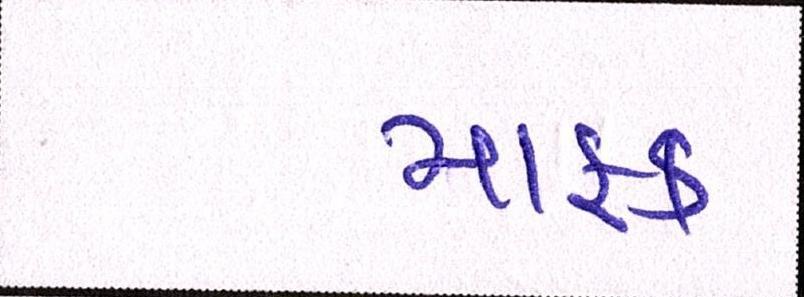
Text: માફક